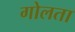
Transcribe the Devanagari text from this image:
गोलता